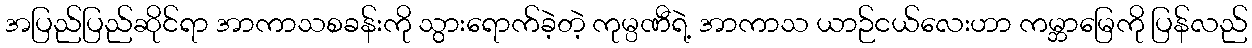
အပြည်ပြည်ဆိုင်ရာ အာကာသစခန်းကို သွားရောက်ခဲ့တဲ့ ကုမ္ပဏီရဲ့ အာကာသ ယာဉ်ငယ်လေးဟာ ကမ္ဘာမြေကို ပြန်လည်